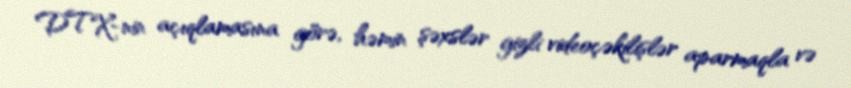
DTX-nin açıqlamasına görə, həmin şəxslər gizli videoçəkilişlər aparmaqla və